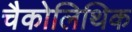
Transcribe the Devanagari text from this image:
चैकोलिथिक